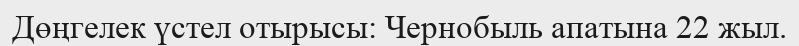
Дөңгелек үстел отырысы: Чернобыль апатына 22 жыл.